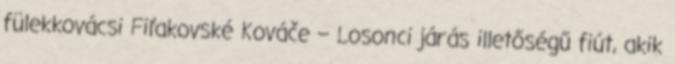
fülekkovácsi Fiľakovské Kováče – Losonci járás illetőségű fiút, akik